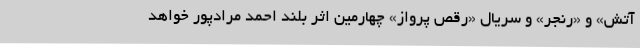
آتش» و «رنجر» و سریال «رقص پرواز» چهارمین اثر بلند احمد مرادپور خواهد